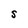
Character: S